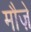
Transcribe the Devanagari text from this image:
मौज़े